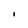
Character: l